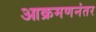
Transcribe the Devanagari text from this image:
आक्रमणनंतर